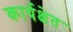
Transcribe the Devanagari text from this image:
कार्यक्षेत